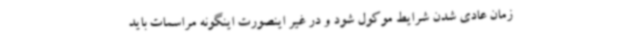
زمان عادی شدن شرایط موکول شود و در غیر اینصورت اینگونه مراسمات باید